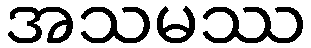
အသမဿ